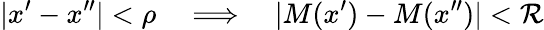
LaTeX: |x^{\prime}-x^{\prime\prime}|<\rho\quad\Longrightarrow\quad|M(x^{\prime})-M(x^{\prime\prime})|<\mathcal{R}